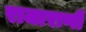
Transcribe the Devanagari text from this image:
राजाराणी